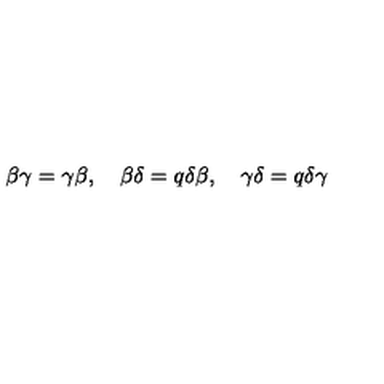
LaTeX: \beta \gamma = \gamma \beta , \quad \beta \delta = q \delta \beta , \quad \gamma \delta = q \delta \gamma